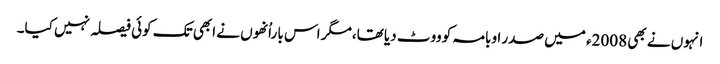
انہوں نے بھی 2008ء میں صدر اوبامہ کو ووٹ دیا تھا،مگر اس با راُنھوں نے ابھی تک کوئی فیصلہ نہیں کیا۔